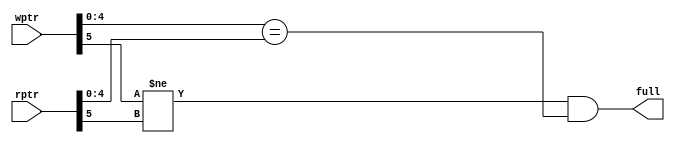
module compare_wr
	#(
	 parameter ADDR = 5	// declare parameter for memory address
	)				  
	(
	input wire [ADDR:0] rptr,wptr,  // declare inputs and outputs
	output wire full
	);	
	//check for full condition: Write pointer has wrapped around but read pointer has not
	
		assign full = (wptr[ADDR] != rptr[ADDR]) & (wptr[ADDR-1:0] == rptr[ADDR-1:0]);
endmodule 

module compare_rd
	#(
	 parameter ADDR = 5	// declare parameter for memory address
	)				  
	(
	input wire [ADDR:0] rptr,wptr,  // declare inputs and outputs
	output wire empty
	);	
	//check for full condition: WRITE and READ pointers have NOT wrapped around
		
		assign	empty = wptr[ADDR:0] == rptr[ADDR:0];
endmodule